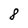
Character: 8